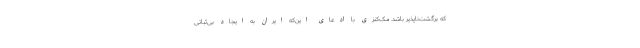
که برگشت‌ناپذیر باشد. مک‌کنزی با ادعای این‌که ایران به ایجاد بی‌ثباتی